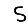
Digit: 5